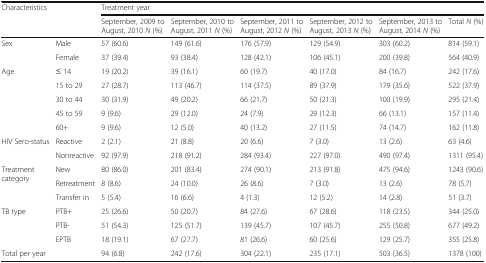
<table><thead><tr><td rowspan="2" colspan="2"><b>Characteristics</b></td><td colspan="6"><b>Treatment year</b></td></tr><tr><td><b>September, 2009 to August, 2010 <i>N</i> (%)</b></td><td><b>September, 2010 to August, 2011 <i>N</i> (%)</b></td><td><b>September, 2011 to August, 2012 <i>N</i> (%)</b></td><td><b>September, 2012 to August, 2013 <i>N</i> (%)</b></td><td><b>September, 2013 to August, 2014 <i>N</i> (%)</b></td><td><b>Total <i>N</i> (%)</b></td></tr></thead><tbody><tr><td rowspan="2">Sex</td><td>Male</td><td>57 (60.6)</td><td>149 (61.6)</td><td>176 (57.9)</td><td>129 (54.9)</td><td>303 (60.2)</td><td>814 (59.1)</td></tr><tr><td>Female</td><td>37 (39.4)</td><td>93 (38.4)</td><td>128 (42.1)</td><td>106 (45.1)</td><td>200 (39.8)</td><td>564 (40.9)</td></tr><tr><td rowspan="5">Age</td><td>≤ 14</td><td>19 (20.2)</td><td>39 (16.1)</td><td>60 (19.7)</td><td>40 (17.0)</td><td>84 (16.7)</td><td>242 (17.6)</td></tr><tr><td>15 to 29</td><td>27 (28.7)</td><td>113 (46.7)</td><td>114 (37.5)</td><td>89 (37.9)</td><td>179 (35.6)</td><td>522 (37.9)</td></tr><tr><td>30 to 44</td><td>30 (31.9)</td><td>49 (20.2)</td><td>66 (21.7)</td><td>50 (21.3)</td><td>100 (19.9)</td><td>295 (21.4)</td></tr><tr><td>45 to 59</td><td>9 (9.6)</td><td>29 (12.0)</td><td>24 (7.9)</td><td>29 (12.3)</td><td>66 (13.1)</td><td>157 (11.4)</td></tr><tr><td>60+</td><td>9 (9.6)</td><td>12 (5.0)</td><td>40 (13.2)</td><td>27 (11.5)</td><td>74 (14.7)</td><td>162 (11.8)</td></tr><tr><td rowspan="2">HIV Sero-status</td><td>Reactive</td><td>2 (2.1)</td><td>21 (8.8)</td><td>20 (6.6)</td><td>7 (3.0)</td><td>13 (2.6)</td><td>63 (4.6)</td></tr><tr><td>Nonreactive</td><td>92 (97.9)</td><td>218 (91.2)</td><td>284 (93.4)</td><td>227 (97.0)</td><td>490 (97.4)</td><td>1311 (95.4)</td></tr><tr><td rowspan="3">Treatment category</td><td>New</td><td>80 (86.0)</td><td>201 (83.4)</td><td>274 (90.1)</td><td>213 (91.8)</td><td>475 (94.6)</td><td>1243 (90.6)</td></tr><tr><td>Retreatment</td><td>8 (8.6)</td><td>24 (10.0)</td><td>26 (8.6)</td><td>7 (3.0)</td><td>13 (2.6)</td><td>78 (5.7)</td></tr><tr><td>Transfer in</td><td>5 (5.4)</td><td>16 (6.6)</td><td>4 (1.3)</td><td>12 (5.2)</td><td>14 (2.8)</td><td>51 (3.7)</td></tr><tr><td rowspan="3">TB type</td><td>PTB+</td><td>25 (26.6)</td><td>50 (20.7)</td><td>84 (27.6)</td><td>67 (28.6)</td><td>118 (23.5)</td><td>344 (25.0)</td></tr><tr><td>PTB-</td><td>51 (54.3)</td><td>125 (51.7)</td><td>139 (45.7)</td><td>107 (45.7)</td><td>255 (50.8)</td><td>677 (49.2)</td></tr><tr><td>EPTB</td><td>18 (19.1)</td><td>67 (27.7)</td><td>81 (26.6)</td><td>60 (25.6)</td><td>129 (25.7)</td><td>355 (25.8)</td></tr><tr><td>Total per year</td><td></td><td>94 (6.8)</td><td>242 (17.6)</td><td>304 (22.1)</td><td>235 (17.1)</td><td>503 (36.5)</td><td>1378 (100)</td></tr></tbody></table>